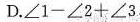
D.$$\angle 1-\angle 2+\angle 3$$